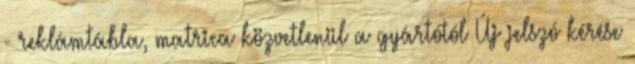
- reklámtábla, matrica közvetlenül a gyártótól Új jelszó kérése